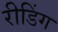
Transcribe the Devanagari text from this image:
रीडिंग